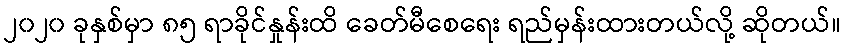
၂၀၂၀ ခုနှစ်မှာ ၈၅ ရာခိုင်နှုန်းထိ ခေတ်မီစေရေး ရည်မှန်းထားတယ်လို့ ဆိုတယ်။